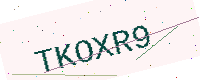
Text: TKOXR9